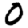
Digit: 0